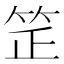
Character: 𥬛